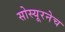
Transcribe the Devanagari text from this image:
सोस्यूरनेच